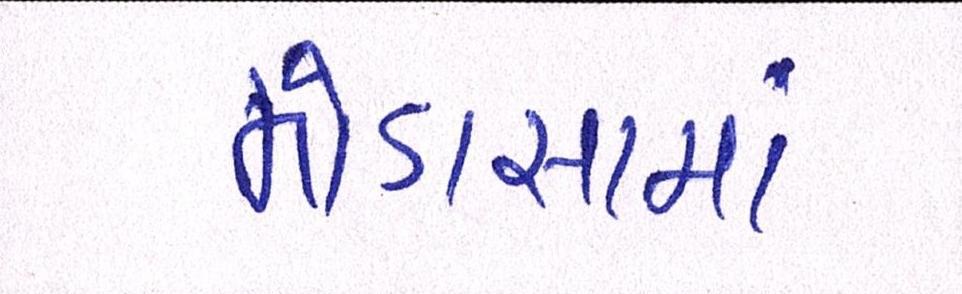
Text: મોડાસામાં